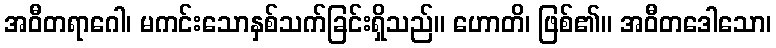
အဝီတရာဂေါ၊ မကင်းသောနှစ်သက်ခြင်းရှိသည်။ ဟောတိ၊ ဖြစ်၏။ အဝီတဒေါသော၊